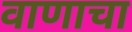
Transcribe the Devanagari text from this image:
वाणाचा